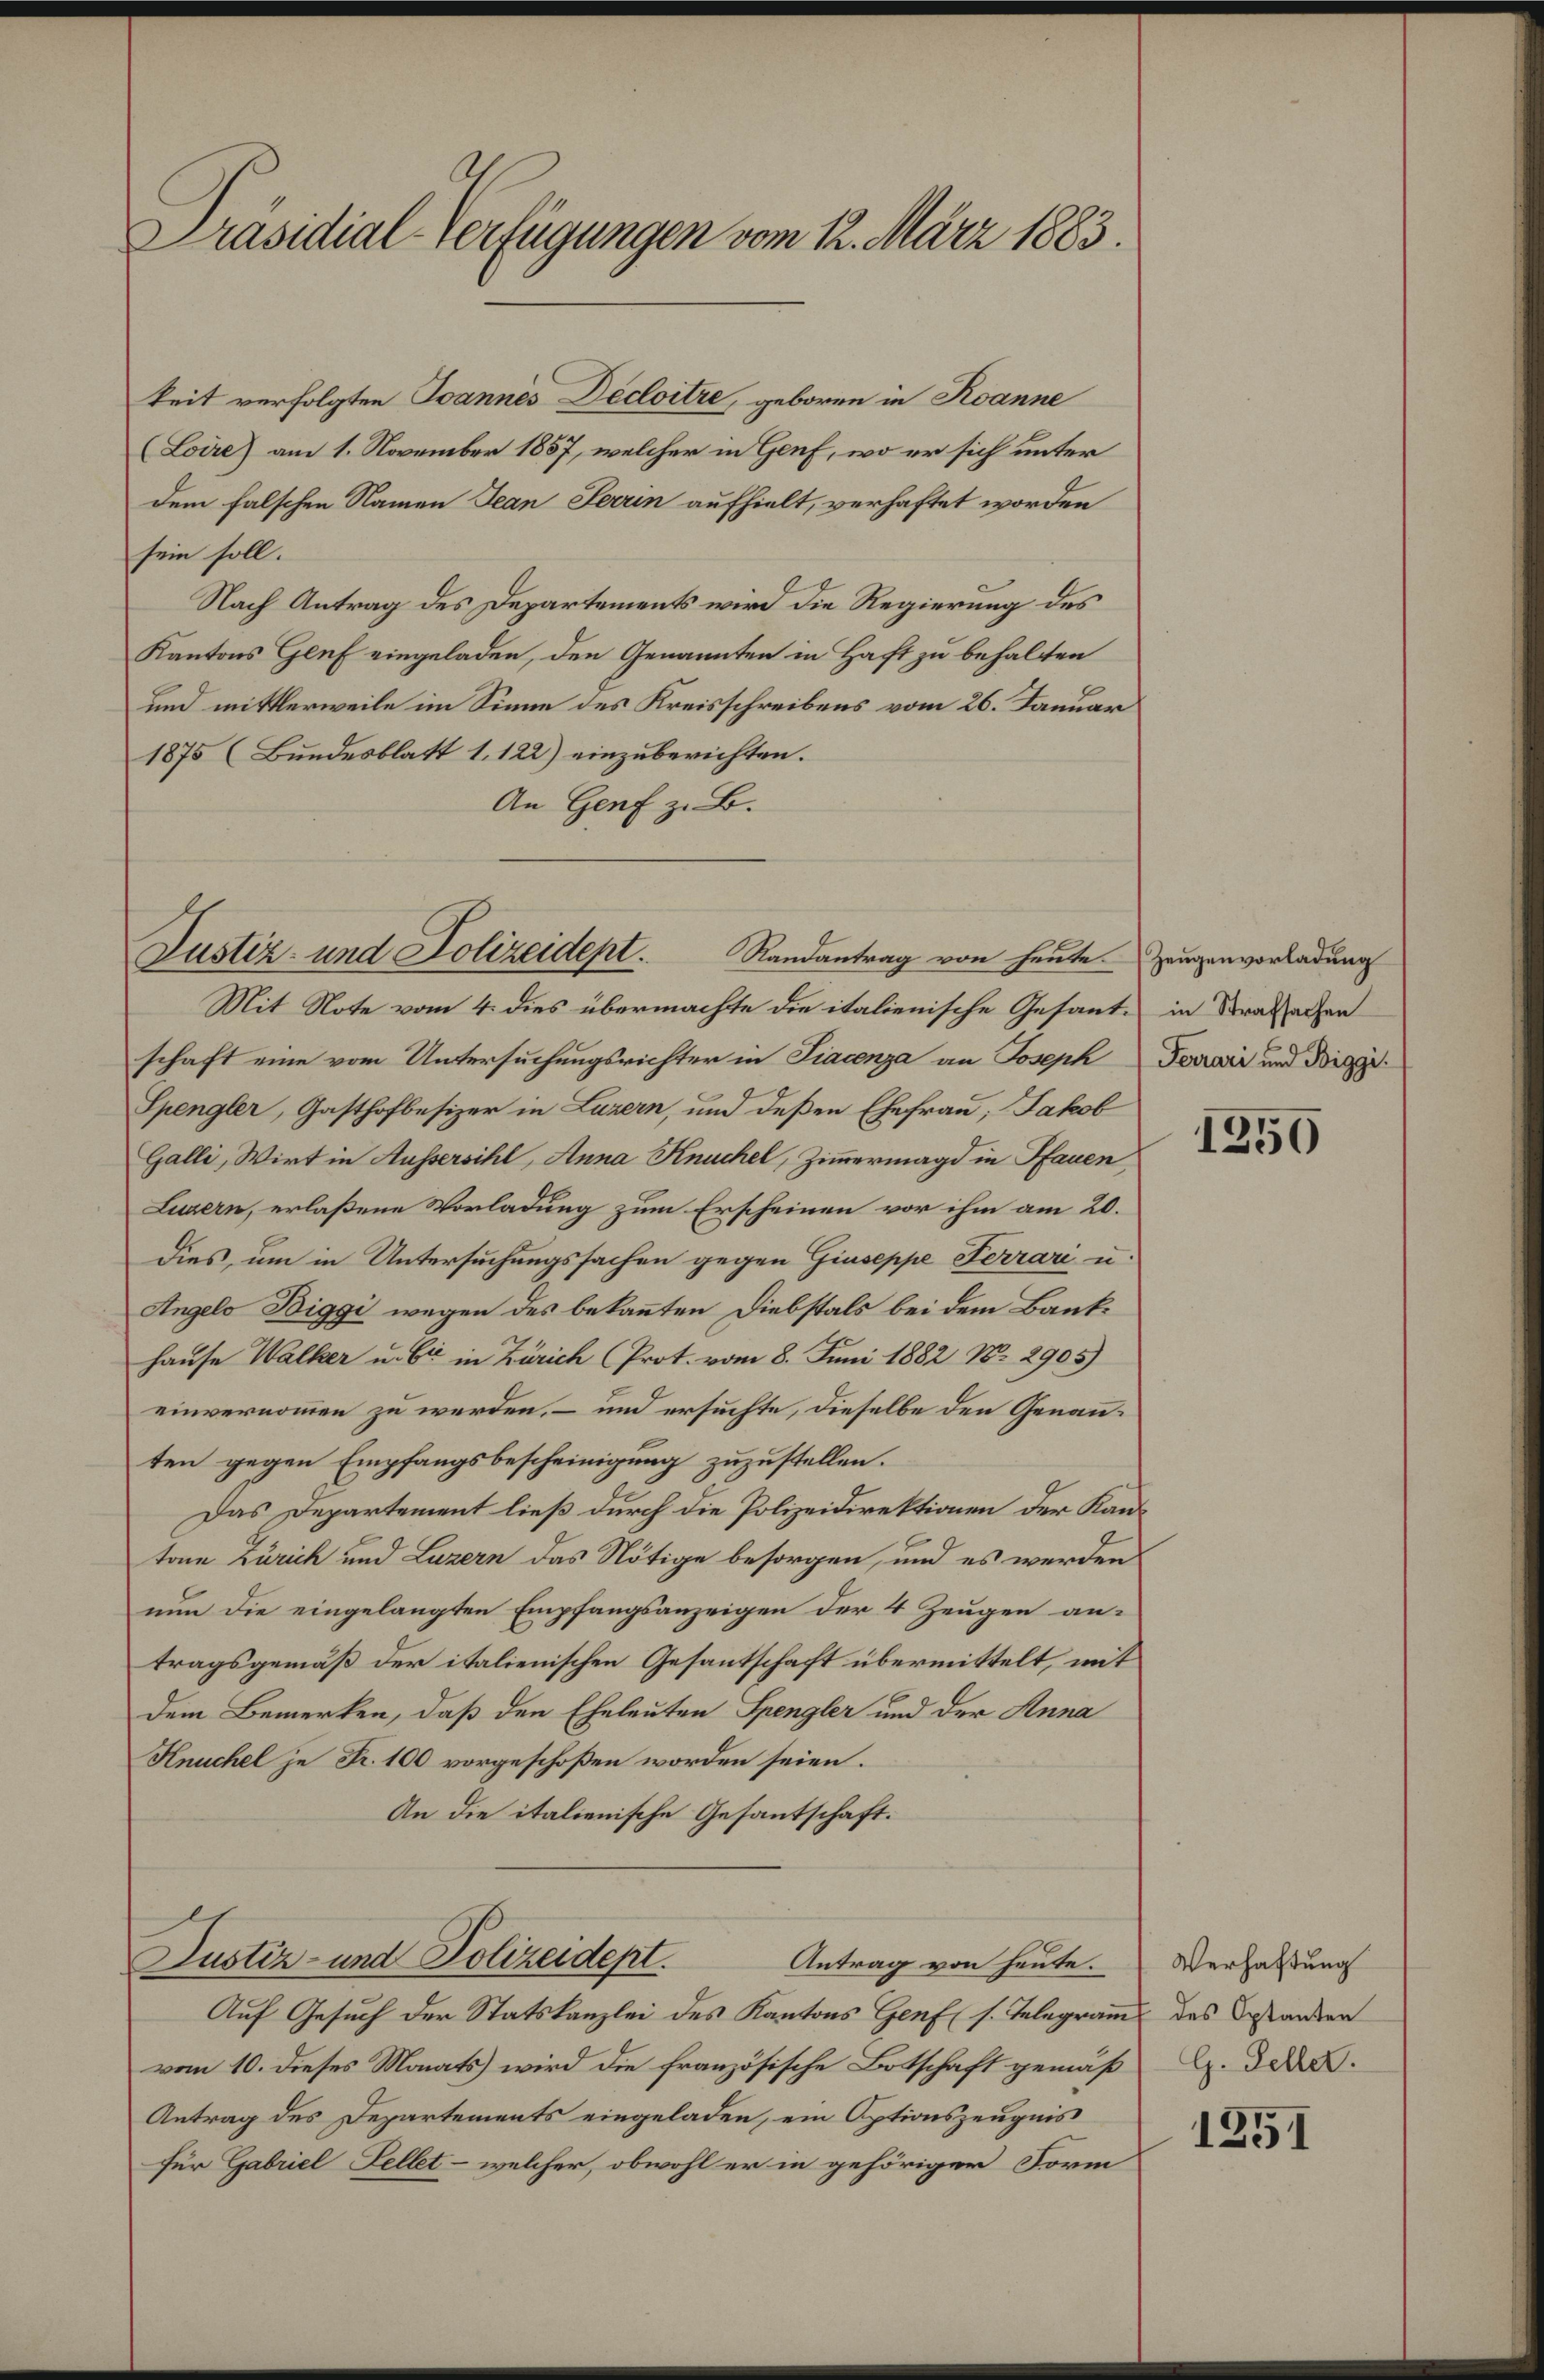
Präsidial-Verfügungen vom 12. März 1883.

keit verfolgten Joannes Decloitre, geboren in Roanne
(Loire) am 1. November 1857, welcher in Genf, wo er sich unter
dem falschen Namen Jean Ferrin aufhielt, verhaftet worden
sein soll.
Nach Antrag des Departements wird die Regierung des
Kantons Genf eingeladen, den Genannten in Haft zu behalten
und mittlerweile im Sinne des Kreisschreibens vom 26. Januar
1875 (Bundesblatt 1. 122) einzuberichten.
An Genf z. B.
Randantrag von heute Zeugenvorladung
Mit Note vom 4. dies übermachte die italienische Gesante in Strafsachen
schaft eine vom Untersuchungsrichter in Fiacenza an Joseph Ferrari und Biggi
Spengler, Gasthofbesizer in Luzern, und deßen Ehefrau; Jakob
Galli, Wirt in Aussersihl, Anna Knuchel, Zimmermagd in Pfauen
Luzern, erlaßene Vorladung zum Erscheinen vor ihm am 20.
dies, um in Untersuchungssachen gegen Giuseppe Ferrari u.
Angelo Biggi wegen des bekannten Diebstals bei dem Bankhause Walker u. Er in Zürich (Prot. vom 8. Juni 1882 No 2905)
einvernommen zu werden, – und ersuchte, dieselbe den Genauten gegen Empfangsbescheinigung zuzustellen.
Das Departement ließ durch die Polizeidirektionen der Kantone Zürich und Luzern das Nötige besorgen, und es werden
nun die eingelangten Empfangsanzeigen der 4 Zeugen antragsgemäß der italienischen Gesantschaft übermittelt, mit
dem Bemerken, daß den Eheleuten Spengler und der Anna
Knuchel zu Fr. 100 vorgeschoßen worden seien.
An die italienische Gesantschaft.
Justiz- und Polizeidept.
Antrag von heute.
Auf Gesuch der Statskanzlei des Kantons Genf (s. Telegramm des Gestanden
vom 10. dieses Monats wird die französische Botschaft gemäß
Antrag des Departements eingeladen, ein Optionszeugnis
für Gabriel Fellet - welcher, obwohl er in gehöriger Form

Justiz- und Polizeidept.

1250

Verhaftung
G. Feller.

1251